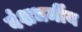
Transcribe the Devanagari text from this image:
वंशधर्मीय